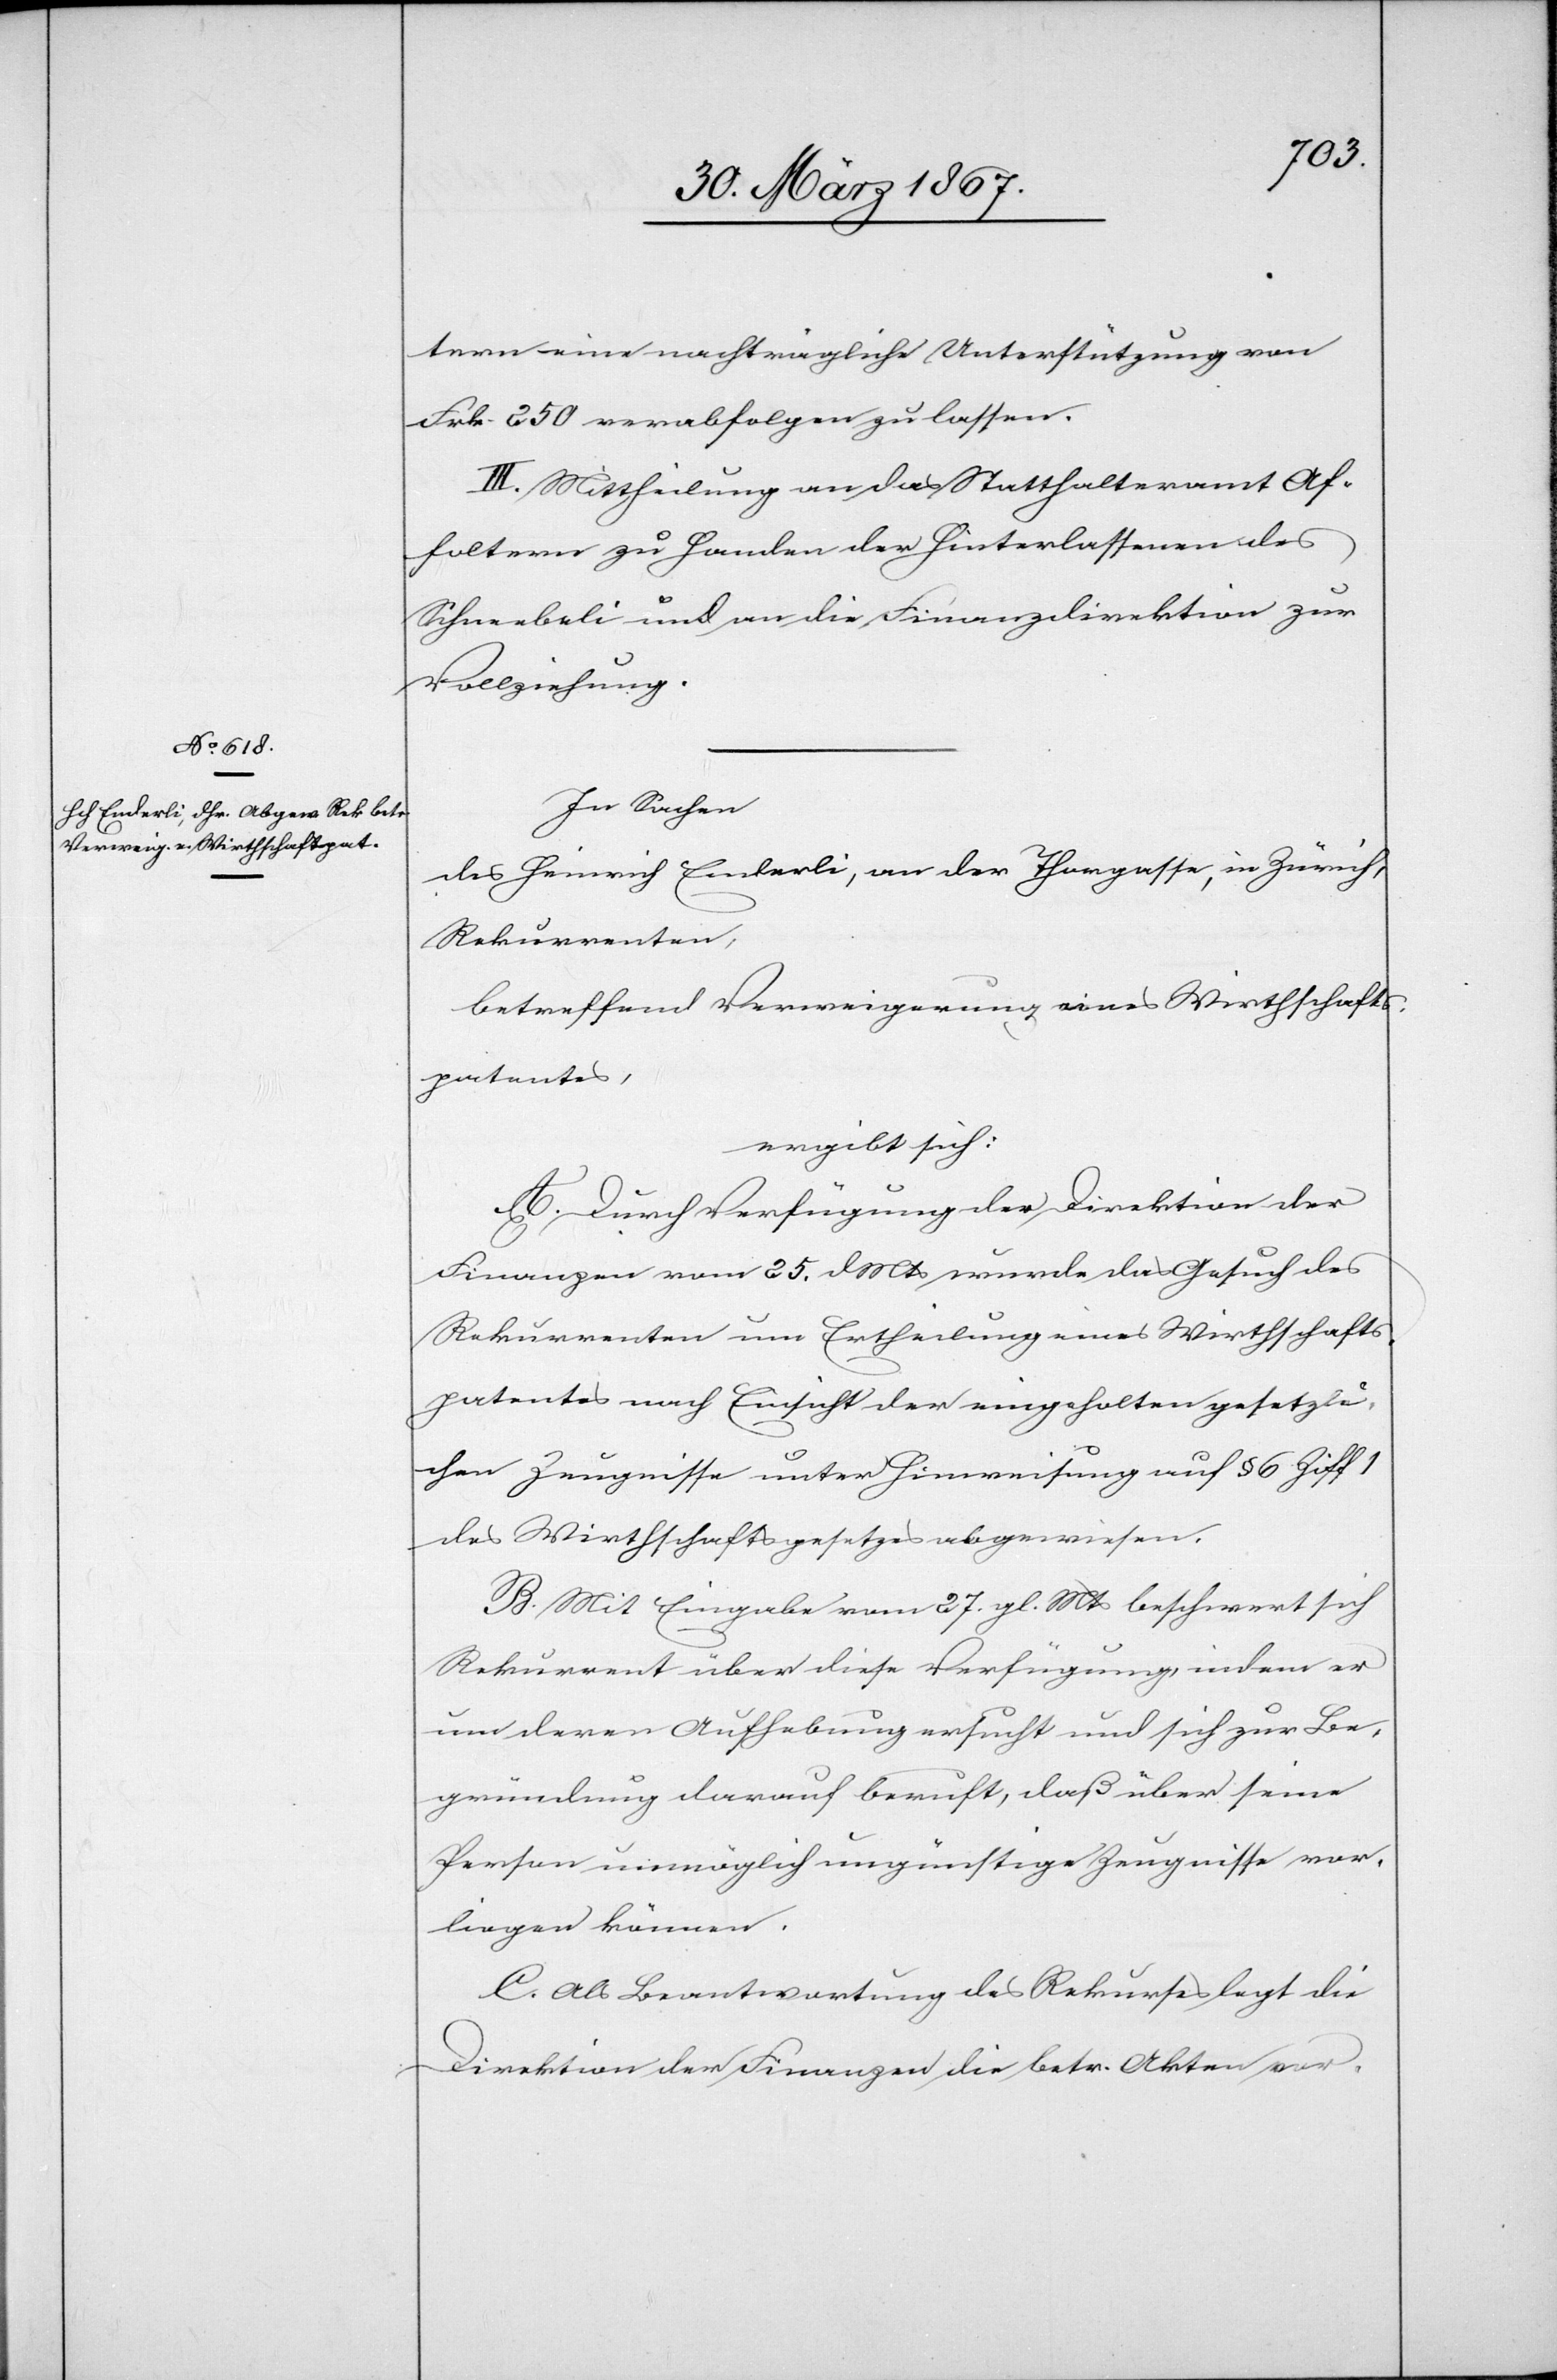
tern eine nachträgliche Unterstützung von
Frk. 250 verabfolgen zu lassen.
II. Mittheilung an das Statthalteramt Af¬
foltern zu Handen der Hinterlassenen des
Schneebeli und an die Finanzdirektion zur
Vollziehung.
In Sachen
des Heinrich Enderli, an der Thorgasse, in Zürich,
Rekurrenten,
betreffend Verweigerung eines Wirthschafts¬
patentes,
ergibt sich:
A. Durch Verfügung der Direktion der
Finanzen vom 25. d. Mts wurde das Gesuch des
Rekurrenten um Ertheilung eines Wirthschafts¬
patentes nach Einsicht der eingeholten gesetzli¬
chen Zeugnisse unter Hinweisung auf § 6 Ziff
des Wirthschaftsgesetzes abgewiesen.
B. Mit Eingabe vom 27. gl. Mts beschwert sich
Rekurrent über diese Verfügung, indem er
um deren Aufhebung ersucht und sich zur Be¬
gründung darauf beruft, daß über seine
Person unmöglich ungünstige Zeugnisse vor¬
liegen können.
C. Als Beantwortung des Rekurses legt die
Direktion der Finanzen die betr. Akten vor.